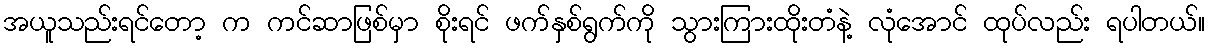
အယူသည်းရင်တော့ က ကင်ဆာဖြစ်မှာ စိုးရင် ဖက်နှစ်ရွက်ကို သွားကြားထိုးတံနဲ့ လုံအောင် ထုပ်လည်း ရပါတယ်။